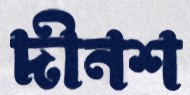
দীনশ